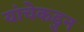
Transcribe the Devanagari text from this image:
यांचेकडुन